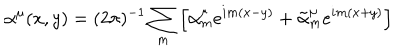
LaTeX: \alpha ^ { \mu } ( x , y ) = ( 2 \pi ) ^ { - 1 } \sum _ { m } \left[ \alpha _ { m } ^ { \mu } e ^ { i m ( x - y ) } + \tilde { \alpha } _ { m } ^ { \mu } e ^ { i m ( x + y ) } \right]